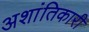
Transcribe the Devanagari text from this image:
अशांतिकारी